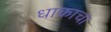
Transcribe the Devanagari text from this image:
धाकाचा